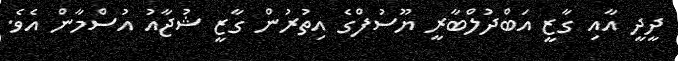
ދީދީ އާއި ގާޒީ އަބްދުލްބާރީ ޔޫސުފްގެ އިތުރުން ގާޒީ ޝުޖާއު އުސްމާން އެވެ.